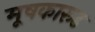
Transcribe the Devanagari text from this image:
मूषकारूढ